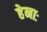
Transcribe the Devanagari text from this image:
हेनाः